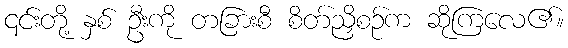
၎င်းတို့ နှစ် ဦးကို တခြားစီ စိတ်ညှိစဉ်က ဆိုကြလေ၏။